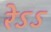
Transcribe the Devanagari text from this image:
रेऽऽ